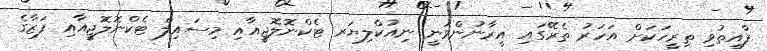
ފާއިތުވި ތިރީހަކަށް އަހަރު ތެރޭގައި އީރާނުންވަނީ ނިއުކްލިޔަރ ޓެކްނޮލޮޖީއާއި މިސައިލް ޓެކްނޮލޮޖީއާއި ފަޒާގެ